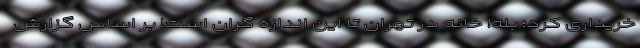
خریداری کرد؛ بله! خانه در تهران تا این اندازه گران است! بر اساس گزارش